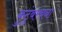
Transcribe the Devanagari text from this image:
कुटुंबरचना